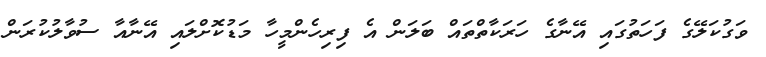
ވަގުކަލޭގެ ފަހަތުގައި އޭނާގެ ހަރަކާތްތައް ބަލަން އެ ފިރިހެންމީހާ މަޑުކޮށްލައި އޭނާއާ ސުވާލުކުރަން